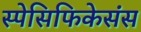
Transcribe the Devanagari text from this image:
स्पेसिफिकेसंस